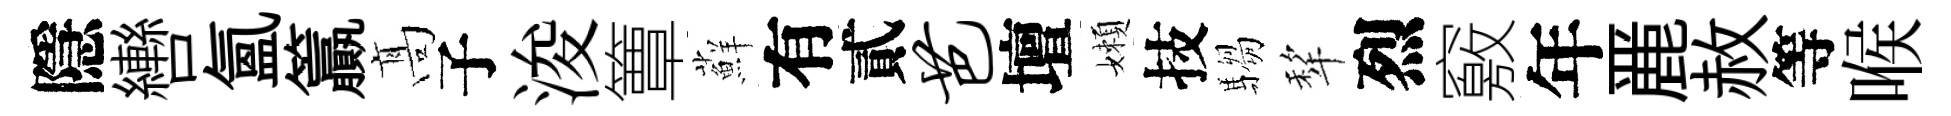
隱轡氳籯髙子浚簟蘚有貳芭壇嬾技騶犂烈竅年䴡赦等喉